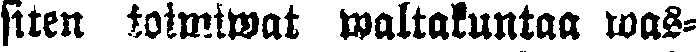
siten toimiwat waltakuntaa was-